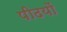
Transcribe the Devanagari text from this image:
पीढयों